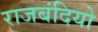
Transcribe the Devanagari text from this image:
राजबंदियो